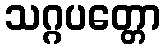
သဂ္ဂပတ္တော